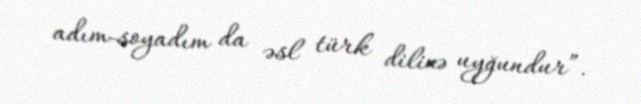
adım-soyadım da əsl türk dilinə uyğundur”.